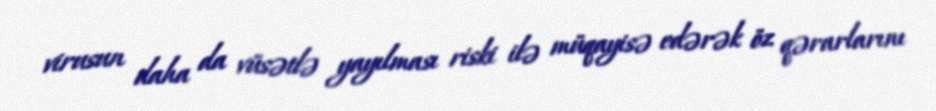
virusun daha da vüsətlə yayılması riski ilə müqayisə edərək öz qərarlarını